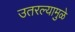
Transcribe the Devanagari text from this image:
उतरल्यामुळे